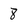
Character: 8